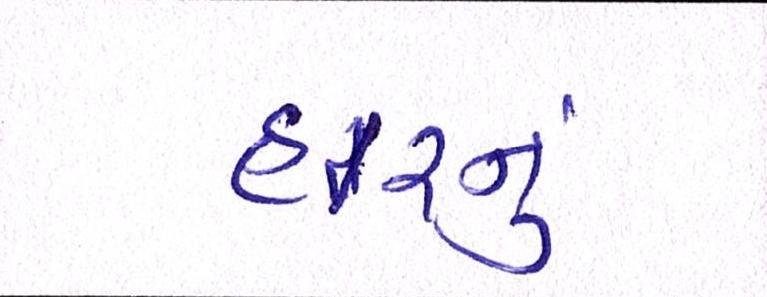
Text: હારનું